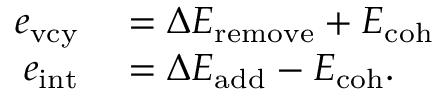
\begin{array} { r l } { e _ { \mathrm { v c y } } } & { { } = \Delta E _ { \mathrm { r e m o v e } } + E _ { \mathrm { c o h } } } \\ { e _ { \mathrm { i n t } } } & { { } = \Delta E _ { \mathrm { a d d } } - E _ { \mathrm { c o h } } . } \end{array}